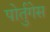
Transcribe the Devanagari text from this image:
पोर्तुगेस